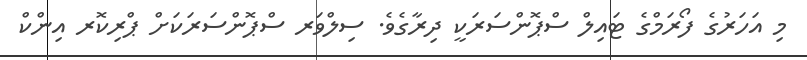
މި އަހަރުގެ ފޯރަމްގެ ޓައިލް ސްޕޮންސަރަކީ ދިރާގެވެ. ސިލްވަރ ސްޕޮންސަރަކަށް ޕްރިކޮރ އިންކް